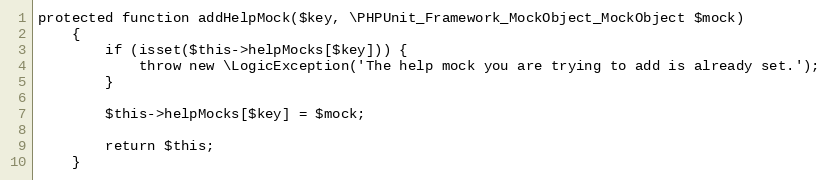
Language: PHP
protected function addHelpMock($key, \PHPUnit_Framework_MockObject_MockObject $mock)
    {
        if (isset($this->helpMocks[$key])) {
            throw new \LogicException('The help mock you are trying to add is already set.');
        }

        $this->helpMocks[$key] = $mock;

        return $this;
    }